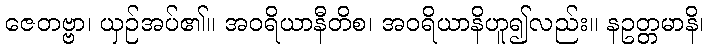
ဇေတဗ္ဗာ၊ ယှဉ်အပ်၏။ အဝရိယာနီတိစ၊ အဝရိယာနိဟူ၍လည်း။ နဥတ္တမာနိ၊